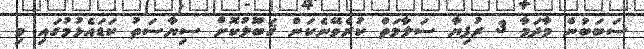
ސަބަބުން މާދަމާ 3 ރުފިޔާ ސަލާމަތް ކުރެވޭނެކަން ޤަބޫލުކޮށް ސިޔާސަތު ކަޑައެޅުމުގައި މި